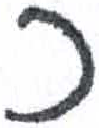
אות: כ